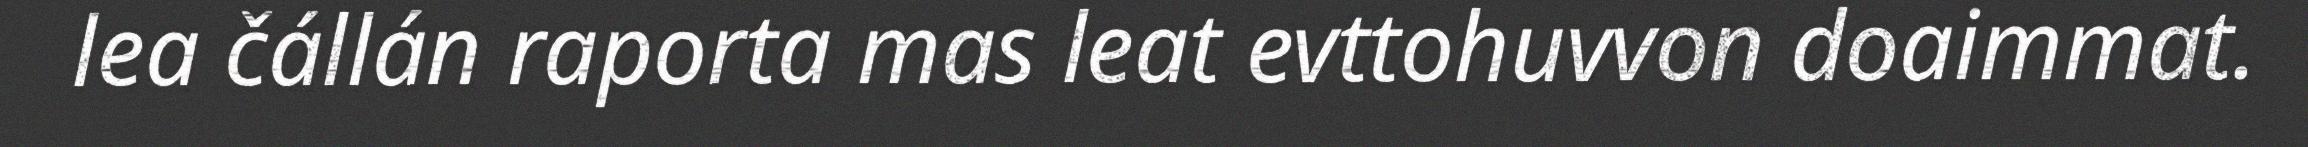
lea čállán raporta mas leat evttohuvvon doaimmat.